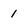
Character: 1